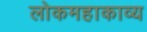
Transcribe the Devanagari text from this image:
लोकमहाकाव्य